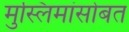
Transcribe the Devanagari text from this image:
मुस्लिमांसोबत